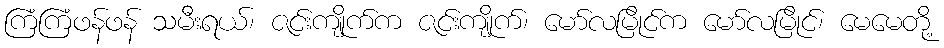
ကြံကြံဖန်ဖန် သမီးရယ်၊ ဇင်းကျိုက်က ဇင်းကျိုက်၊ မော်လမြိုင်က မော်လမြိုင်၊ မေမေတို့